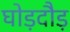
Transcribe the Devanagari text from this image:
घोड़दौड़